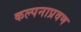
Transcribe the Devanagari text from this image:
कल्पनाप्रवण